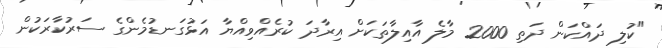
"ކުލި ދައްކަން ދަތި 2000 މާލެ އާއިލާތަކަށް އިރާދަ ކުރެއްވިއްޔާ އަޅުގަނޑުމެންގެ ސަރުކާރަކުން